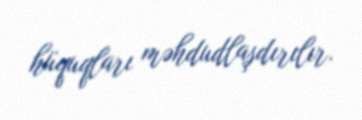
hüquqları məhdudlaşdırılır.